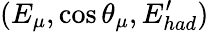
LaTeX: (E_{\mu},\cos\theta_{\mu},E_{had}^{\prime})